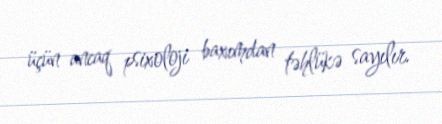
üçün ancaq psixoloji baxımdan təhlükə sayılır.